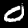
Label: 0